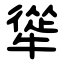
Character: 㹐